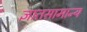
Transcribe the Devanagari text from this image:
ज्ञातसामान्य